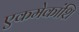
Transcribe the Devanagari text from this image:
एकमेकांशि